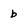
Character: b